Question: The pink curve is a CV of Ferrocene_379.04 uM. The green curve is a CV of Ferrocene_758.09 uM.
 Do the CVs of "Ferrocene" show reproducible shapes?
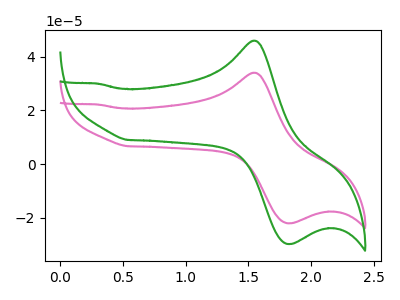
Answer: <think>The pink curve "Ferrocene_379.04 uM" has an anodic peak at (1.55V, 34.10uA) and a cathodic peak at (1.80V, -22.05uA). The green curve "Ferrocene_758.09 uM" has an anodic peak at (1.55V, 46.05uA) and a cathodic peak at (1.80V, -29.75uA).
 All the peaks in "Ferrocene_379.04 uM" have a peak in "Ferrocene_758.09 uM" at the same potential. Every peak in "Ferrocene_379.04 uM" is lower than every peak in "Ferrocene_758.09 uM".</think>
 <answer>All the CV's of "Ferrocene" have similar shape.</answer>
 <eval>follow_rule</eval>